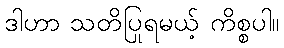
ဒါဟာ သတိပြုရမယ့် ကိစ္စပါ။